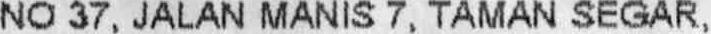
NO 37, JALAN MANIS 7, TAMAN SEGAR,